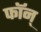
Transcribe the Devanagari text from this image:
फॉन्